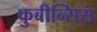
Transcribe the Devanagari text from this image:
कुबीन्सिस